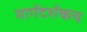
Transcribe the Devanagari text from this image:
मार्गदर्शकच